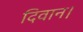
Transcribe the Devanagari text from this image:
दिवान।